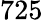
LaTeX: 725